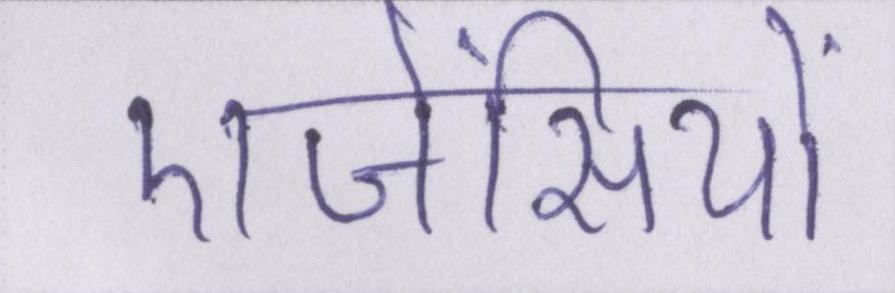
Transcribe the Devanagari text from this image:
एजेंसियों